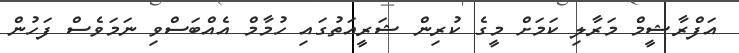
އަފްރާޝީމް މަރާލި ކަމަށް މީގެ ކުރިން ޝަރީއަތުގައި ހުމާމް އެއްބަސްވި ނަމަވެސް ފަހުން